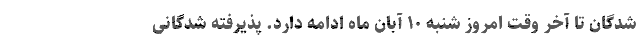
شدگان تا آخر وقت امروز شنبه ۱۰ آبان ماه ادامه دارد. پذیرفته شدگانی